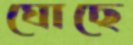
ঘোছে